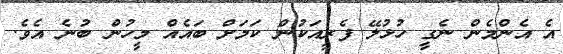
އެ އެންމެން ނެގީ ހުޅުލޭ ފެރީއަކުން ކަމަށް ބައެއް މީހުން ބުނެ އެވެ.